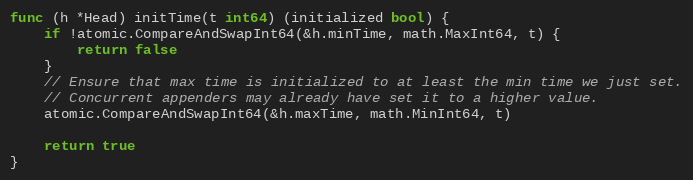
Language: Go
func (h *Head) initTime(t int64) (initialized bool) {
	if !atomic.CompareAndSwapInt64(&h.minTime, math.MaxInt64, t) {
		return false
	}
	// Ensure that max time is initialized to at least the min time we just set.
	// Concurrent appenders may already have set it to a higher value.
	atomic.CompareAndSwapInt64(&h.maxTime, math.MinInt64, t)

	return true
}